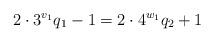
LaTeX: \begin{align*}2\cdot 3^{v_1} q_1 - 1 & = 2\cdot 4^{w_1} q_2+1\end{align*}